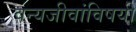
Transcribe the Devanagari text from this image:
वन्यजीवांविषयी